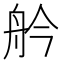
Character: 䑤